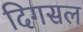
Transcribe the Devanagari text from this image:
दिगसल